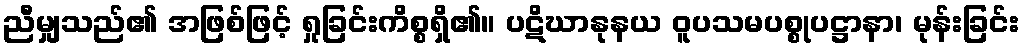
ညီမျှသည်၏ အဖြစ်ဖြင့် ရှုခြင်းကိစ္စရှိ၏။ ပဋိဃာနုနယ ဝူပသမပစ္စုပဋ္ဌာနာ၊ မုန်းခြင်း